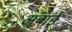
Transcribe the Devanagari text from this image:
अंबाई